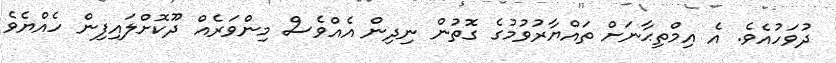
ދުވަހުއެވެ. އެ އިމްތިޙާނަށް ތައްޔާރުވުމުގެ ގޮތުން ނިދިން އެއްވެސް މިންވަރެއް ދޫކޮށްލައިފިން ހެއްޔެވެ